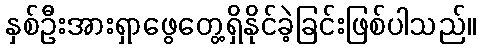
နှစ်ဦးအားရှာဖွေတွေ့ရှိနိုင်ခဲ့ခြင်းဖြစ်ပါသည်။